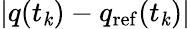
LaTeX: |q(t_{\mathit{k}})-q_{\mathrm{{ref}}}(t_{\mathit{k}})|